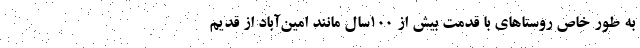
به‌ طور خاص روستاهای با قدمت بیش از ۱۰۰سال مانند امین‌آباد از قدیم